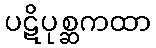
ပဋိပုစ္ဆကထာ